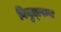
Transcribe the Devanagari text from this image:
वियुत्त्पन्न